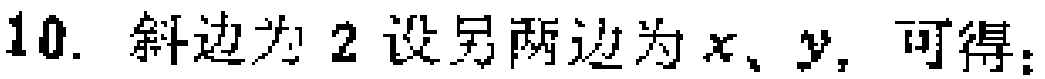
10. 斜边为2设另两边为\(x、y,\)可得：